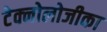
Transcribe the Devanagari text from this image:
टेक्नोलोजीका